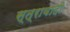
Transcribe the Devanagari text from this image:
स्त्रावादी